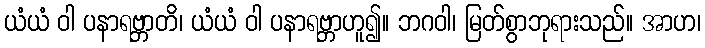
ယံယံ ဝါ ပနာရဗ္ဘာတိ၊ ယံယံ ဝါ ပနာရဗ္ဘာဟူ၍။ ဘဂဝါ၊ မြတ်စွာဘုရားသည်။ အာဟ၊